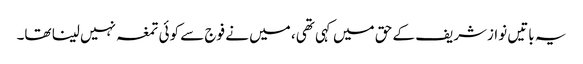
یہ باتیں نوازشریف کے حق میں کہی تھی، میں نے فوج سے کوئی تمغہ نہیں لینا تھا۔